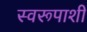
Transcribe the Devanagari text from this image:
स्वरूपाशी